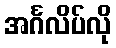
အင်္ဂလိပ်လို